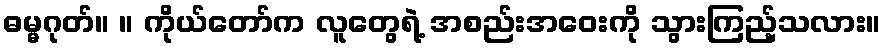
ဓမ္မဂုတ်။ ။ ကိုယ်တော်က လူတွေရဲ့ အစည်းအဝေးကို သွားကြည့်သလား။